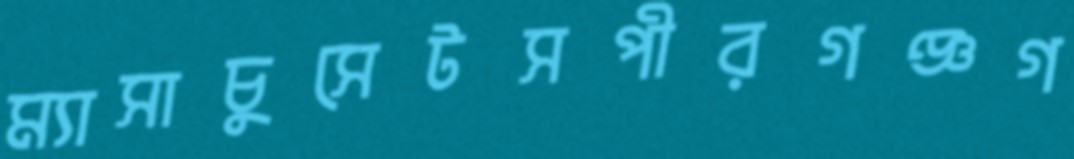
ম্যাসাচুসেটসপীরগঞ্জগ